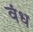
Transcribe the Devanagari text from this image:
वंध